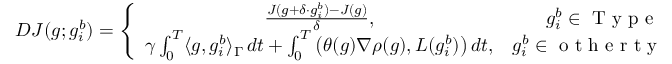
\begin{array} { r } { D J ( g ; g _ { i } ^ { b } ) = \left\{ \begin{array} { c c } { \frac { J ( g + \delta \cdot g _ { i } ^ { b } ) - J ( g ) } { \delta } , } & { g _ { i } ^ { b } \in \mathrm { ~ T ~ y ~ p ~ e ~ 1 ~ } ; } \\ { \gamma \int _ { 0 } ^ { T } \langle g , g _ { i } ^ { b } \rangle _ { \Gamma } \, d t + \int _ { 0 } ^ { T } \left( \theta ( g ) \nabla \rho ( g ) , L ( g _ { i } ^ { b } ) \right) d t , } & { g _ { i } ^ { b } \in \mathrm { ~ o ~ t ~ h ~ e ~ r ~ t ~ y ~ p ~ e ~ s ~ } , } \end{array} \right. } \end{array}